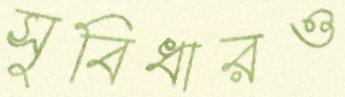
সুবিধারও